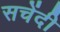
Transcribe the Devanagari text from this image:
सचेंदी